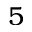
5